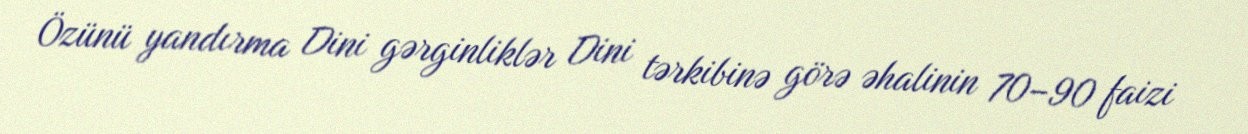
Özünü yandırma Dini gərginliklər Dini tərkibinə görə əhalinin 70–90 faizi